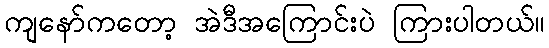
ကျနော်ကတော့ အဲဒီအကြောင်းပဲ ကြားပါတယ်။